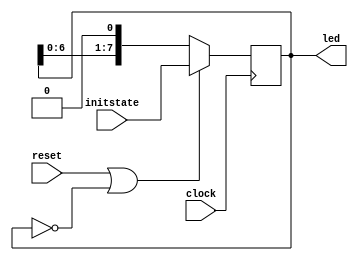
`timescale 1ns / 1ps
//////////////////////////////////////////////////////////////////////////////////
// Company: 
// Engineer: 
// 
// Design Name: 
// Module Name: ledChaser
// Project Name: 
// Target Devices: 
// Tool Versions: 
// Description: 
// 
// Dependencies: 
// 
// Revision:
// Revision 0.01 - File Created
// Additional Comments:
// 
//////////////////////////////////////////////////////////////////////////////////


module ledChaser(
input clock,
input reset,
input [7:0]initstate,
output reg [7:0]led);

integer counter=0;
always@(posedge clock)
begin
    if(counter == 100000000)
    counter <= 0;
    else
    counter <= counter + 1'b1;
end
initial
led <= 8'b00000000; 
always@(posedge clock)
begin
    if(reset || led == 8'b00000000)
    led <= initstate;
    else
    led <= led << 1;
end
endmodule